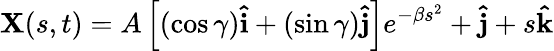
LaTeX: \mathbf{X}(s,t)=A\left[(\cos\gamma)\mathbf{\hat{i}}+(\sin\gamma)\mathbf{\hat{j}}\right]e^{-\beta s^{2}}+\mathbf{\hat{j}}+s\mathbf{\hat{k}}